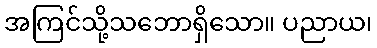
အကြင်သို့သဘောရှိသော။ ပညာယ၊